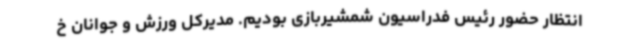
انتظار حضور رئیس فدراسیون شمشیربازی بودیم. مدیرکل ورزش و جوانان خ